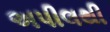
અપીલથી